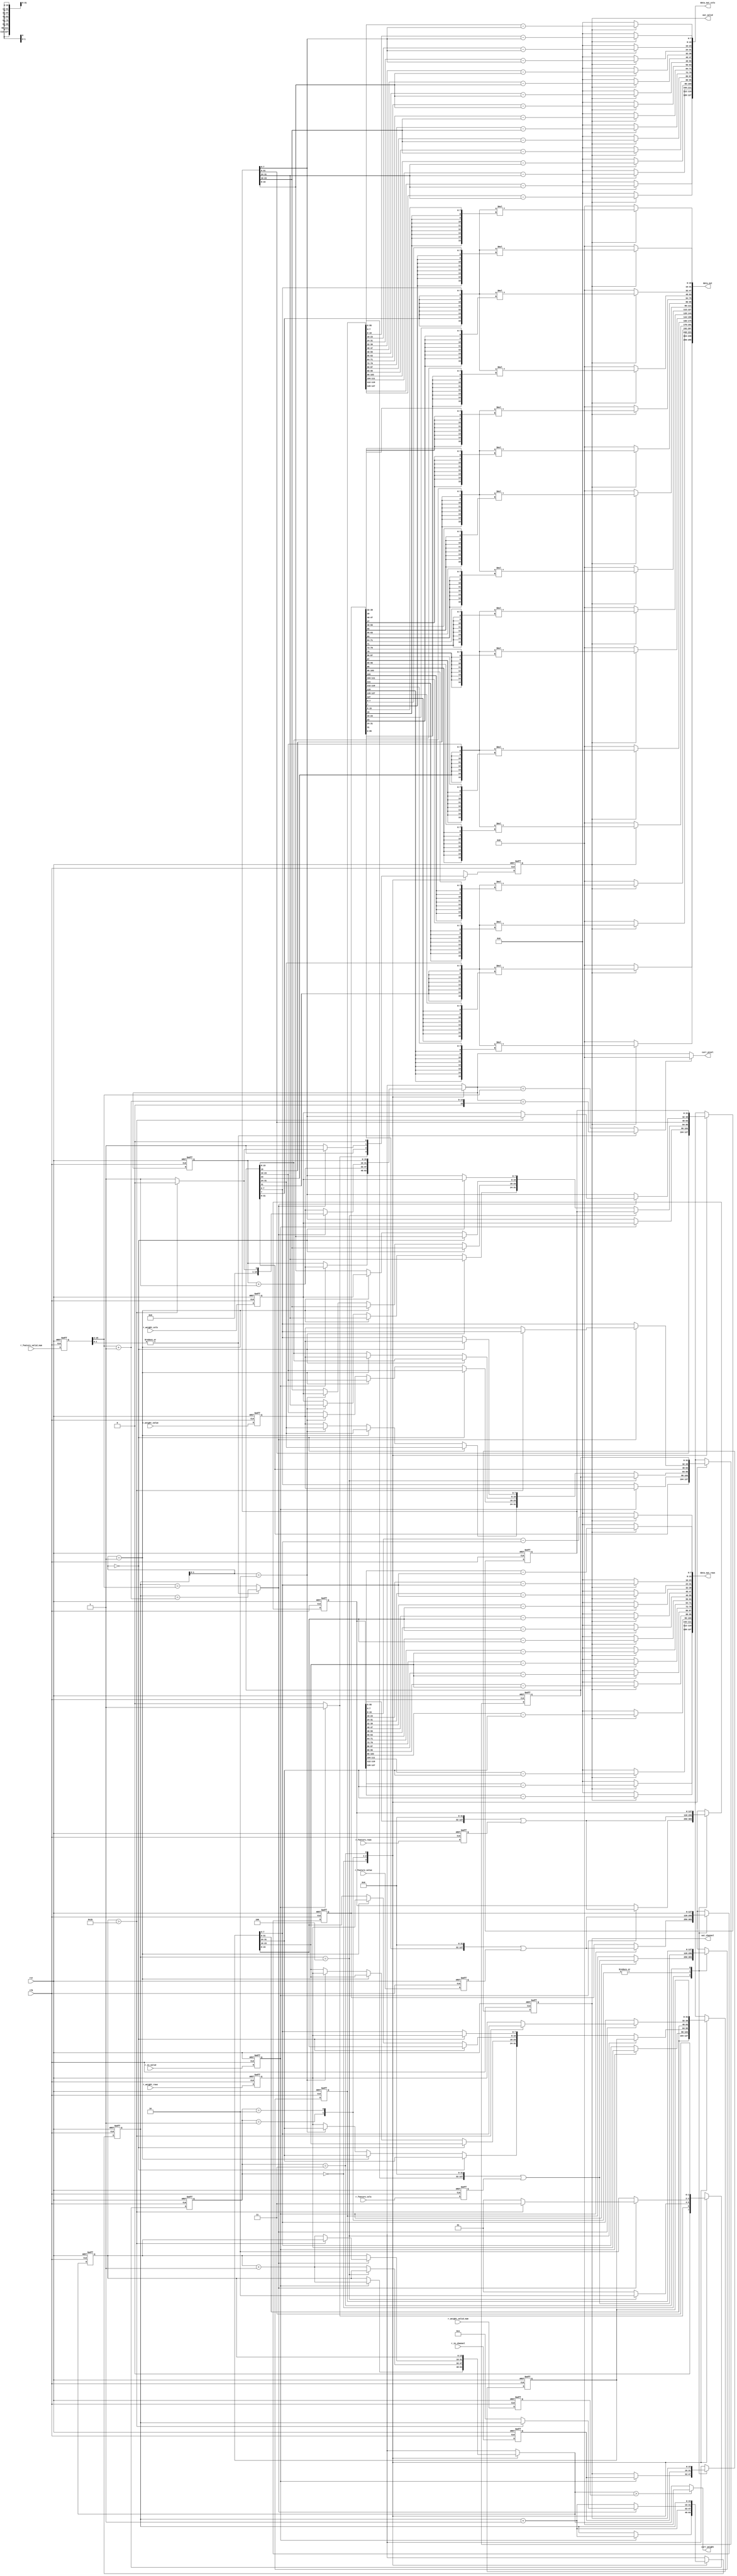
module RE_PE_UNIT
#(
    
    parameter col_length = 8,
    parameter word_length = 8,
    parameter double_word_length = 16,
    parameter kernel_size = 5,
    parameter image_size = 28,
    parameter matrix_width = 4
)
(
    //outer signal
    input clk,
    input rst,
    input r_in_valid,
    output reg out_valid,

    
    //weight in
    input [double_word_length-1:0] r_weight_valid_num,
    input [col_length*1 -1:0]r_weight_cols,
    input [col_length*1 -1:0]r_weight_rows,
    input signed [word_length*1 -1:0]r_weight_value,

    //pixel data
    input [double_word_length-1:0] r_feature_valid_num,
    input signed [col_length*4 -1:0]r_feature_cols,
    input signed [col_length*4 -1:0]r_feature_rows,
    input signed [word_length*4 -1:0]r_feature_value,
    
    //output data
    output signed [word_length*2*16 -1:0]data_out,
    output signed [col_length*16 -1:0]data_out_cols,
    output signed [col_length*16 -1:0]data_out_rows,

    //valid signal
    input [double_word_length-1:0] r_in_channel,
    output reg [double_word_length-1:0] out_channel,

    
    //output counter status
    output [double_word_length-1:0] curr_pixel,
    output [double_word_length-1:0] curr_weight
);
//retiming area

reg in_valid;
//weight in
reg [double_word_length-1:0] weight_valid_num;
reg [col_length*1 -1:0]weight_cols;
reg [col_length*1 -1:0]weight_rows;
reg signed [word_length*1 -1:0]weight_value;

//pixel data
reg [double_word_length-1:0] feature_valid_num;
reg signed [col_length*4 -1:0]feature_cols;
reg signed [col_length*4 -1:0]feature_rows;
reg signed [word_length*4 -1:0]feature_value;

reg [double_word_length-1:0] in_channel;


//state
parameter IDLE = 2'b00;
parameter LOAD_WEIGHT = 2'b01;
parameter LOAD_FULL_IMAGE = 2'b10;
parameter DONE = 2'b11;
reg [1:0] curr_state,next_state;

//output state
reg [double_word_length-1:0] curr_pixel_counter,next_curr_pixel_counter,curr_weight_counter,next_curr_weight_counter;
assign curr_pixel = ((|feature_valid_num[1:0])? next_curr_pixel_counter ==(feature_valid_num>>2)+'d1:next_curr_pixel_counter ==(feature_valid_num>>2))?'d0:next_curr_pixel_counter;

assign curr_weight = (next_curr_weight_counter>weight_valid_num)?'d0:next_curr_weight_counter;
reg next_out_valid;
//counter
reg [double_word_length-1:0] counter, next_counter;
//weight container
reg [word_length*matrix_width-1:0] weight_container,next_weight_container;
reg [col_length*matrix_width-1:0] weight_cols_container, next_weight_cols_container;
reg [col_length*matrix_width-1:0] weight_rows_container, next_weight_rows_container;

//feature container
reg [word_length*matrix_width*matrix_width-1:0] feature_container, next_feature_container;
reg [col_length*matrix_width*matrix_width-1:0] feature_cols_container, next_feature_cols_container;
reg [col_length*matrix_width*matrix_width-1:0] feature_rows_container, next_feature_rows_container;

//channel
reg [double_word_length-1:0] next_in_channel;

wire signed [word_length*2-1:0] answer_1_1,answer_1_2,answer_1_3,answer_1_4,answer_2_1,answer_2_2,answer_2_3,answer_2_4,answer_3_1,answer_3_2,answer_3_3,answer_3_4,answer_4_1,answer_4_2,answer_4_3,answer_4_4; 
wire signed [col_length-1:0] col_answer_1_1,col_answer_1_2,col_answer_1_3,col_answer_1_4,col_answer_2_1,col_answer_2_2,col_answer_2_3,col_answer_2_4,col_answer_3_1,col_answer_3_2,col_answer_3_3,col_answer_3_4,col_answer_4_1,col_answer_4_2,col_answer_4_3,col_answer_4_4; 
wire signed [col_length-1:0] row_answer_1_1,row_answer_1_2,row_answer_1_3,row_answer_1_4,row_answer_2_1,row_answer_2_2,row_answer_2_3,row_answer_2_4,row_answer_3_1,row_answer_3_2,row_answer_3_3,row_answer_3_4,row_answer_4_1,row_answer_4_2,row_answer_4_3,row_answer_4_4; 

assign answer_1_1 = (out_valid==1'b1)? $signed( {{word_length{weight_container[word_length*1-1]}},{weight_container[word_length*1-1 -:word_length]}} * {{word_length{feature_container[(word_length*1)-1] }},{feature_container[(word_length*1)-1 -:word_length]}} ):'d0;
assign answer_1_2 = (out_valid==1'b1)? $signed( {{word_length{weight_container[word_length*1-1]}},{weight_container[word_length*1-1 -:word_length]}} * {{word_length{feature_container[(word_length*2)-1] }},{feature_container[(word_length*2)-1 -:word_length]}} ):'d0;
assign answer_1_3 = (out_valid==1'b1)? $signed( {{word_length{weight_container[word_length*1-1]}},{weight_container[word_length*1-1 -:word_length]}} * {{word_length{feature_container[(word_length*3)-1] }},{feature_container[(word_length*3)-1 -:word_length]}} ):'d0;
assign answer_1_4 = (out_valid==1'b1)? $signed( {{word_length{weight_container[word_length*1-1]}},{weight_container[word_length*1-1 -:word_length]}} * {{word_length{feature_container[(word_length*4)-1] }},{feature_container[(word_length*4)-1 -:word_length]}} ):'d0;

assign answer_2_1 = (out_valid==1'b1)? $signed( {{word_length{weight_container[word_length*2-1]}},{weight_container[word_length*2-1 -:word_length]}} * {{word_length{feature_container[(word_length*5)-1] }},{feature_container[(word_length*5)-1 -:word_length]}} ):'d0;
assign answer_2_2 = (out_valid==1'b1)? $signed( {{word_length{weight_container[word_length*2-1]}},{weight_container[word_length*2-1 -:word_length]}} * {{word_length{feature_container[(word_length*6)-1] }},{feature_container[(word_length*6)-1 -:word_length]}} ):'d0;
assign answer_2_3 = (out_valid==1'b1)? $signed( {{word_length{weight_container[word_length*2-1]}},{weight_container[word_length*2-1 -:word_length]}} * {{word_length{feature_container[(word_length*7)-1] }},{feature_container[(word_length*7)-1 -:word_length]}} ):'d0;
assign answer_2_4 = (out_valid==1'b1)? $signed( {{word_length{weight_container[word_length*2-1]}},{weight_container[word_length*2-1 -:word_length]}} * {{word_length{feature_container[(word_length*8)-1] }},{feature_container[(word_length*8)-1 -:word_length]}} ):'d0;

assign answer_3_1 = (out_valid==1'b1)? $signed( {{word_length{weight_container[word_length*3-1]}},{weight_container[word_length*3-1 -:word_length]}} * {{word_length{feature_container[(word_length*9)-1] }},{feature_container[(word_length*9)-1 -:word_length]}} ):'d0;
assign answer_3_2 = (out_valid==1'b1)? $signed( {{word_length{weight_container[word_length*3-1]}},{weight_container[word_length*3-1 -:word_length]}} * {{word_length{feature_container[(word_length*10)-1] }},{feature_container[(word_length*10)-1 -:word_length]}} ):'d0;
assign answer_3_3 = (out_valid==1'b1)? $signed( {{word_length{weight_container[word_length*3-1]}},{weight_container[word_length*3-1 -:word_length]}} * {{word_length{feature_container[(word_length*11)-1] }},{feature_container[(word_length*11)-1 -:word_length]}} ):'d0;
assign answer_3_4 = (out_valid==1'b1)? $signed( {{word_length{weight_container[word_length*3-1]}},{weight_container[word_length*3-1 -:word_length]}} * {{word_length{feature_container[(word_length*12)-1] }},{feature_container[(word_length*12)-1 -:word_length]}} ):'d0;

assign answer_4_1 = (out_valid==1'b1)? $signed( {{word_length{weight_container[word_length*4-1]}},{weight_container[word_length*4-1 -:word_length]}} * {{word_length{feature_container[(word_length*13)-1] }},{feature_container[(word_length*13)-1 -:word_length]}} ):'d0;
assign answer_4_2 = (out_valid==1'b1)? $signed( {{word_length{weight_container[word_length*4-1]}},{weight_container[word_length*4-1 -:word_length]}} * {{word_length{feature_container[(word_length*14)-1] }},{feature_container[(word_length*14)-1 -:word_length]}} ):'d0;
assign answer_4_3 = (out_valid==1'b1)? $signed( {{word_length{weight_container[word_length*4-1]}},{weight_container[word_length*4-1 -:word_length]}} * {{word_length{feature_container[(word_length*15)-1] }},{feature_container[(word_length*15)-1 -:word_length]}} ):'d0;
assign answer_4_4 = (out_valid==1'b1)? $signed( {{word_length{weight_container[word_length*4-1]}},{weight_container[word_length*4-1 -:word_length]}} * {{word_length{feature_container[(word_length*16)-1] }},{feature_container[(word_length*16)-1 -:word_length]}} ):'d0;



//rows/cols is feature rows/cols - weight rows/cols
assign col_answer_1_1 = (out_valid==1'b1)? $signed( feature_cols_container[col_length-1   -: col_length]) - $signed( weight_cols_container[col_length-1 -: col_length]):'d0;
assign col_answer_1_2 = (out_valid==1'b1)? $signed( feature_cols_container[col_length*2-1 -: col_length]) - $signed( weight_cols_container[col_length-1 -: col_length]):'d0;
assign col_answer_1_3 = (out_valid==1'b1)? $signed( feature_cols_container[col_length*3-1 -: col_length]) - $signed( weight_cols_container[col_length-1 -: col_length]):'d0;
assign col_answer_1_4 = (out_valid==1'b1)? $signed( feature_cols_container[col_length*4-1 -: col_length]) - $signed( weight_cols_container[col_length-1 -: col_length]):'d0;

assign col_answer_2_1 = (out_valid==1'b1)? $signed( feature_cols_container[col_length*5-1 -: col_length]) - $signed( weight_cols_container[(col_length*2)-1 -: col_length]):'d0;
assign col_answer_2_2 = (out_valid==1'b1)? $signed( feature_cols_container[col_length*6-1 -: col_length]) - $signed( weight_cols_container[(col_length*2)-1 -: col_length]):'d0;
assign col_answer_2_3 = (out_valid==1'b1)? $signed( feature_cols_container[col_length*7-1 -: col_length]) - $signed( weight_cols_container[(col_length*2)-1 -: col_length]):'d0;
assign col_answer_2_4 = (out_valid==1'b1)? $signed( feature_cols_container[col_length*8-1 -: col_length]) - $signed( weight_cols_container[(col_length*2)-1 -: col_length]):'d0;

assign col_answer_3_1 = (out_valid==1'b1)? $signed( feature_cols_container[col_length*9-1 -: col_length]) - $signed( weight_cols_container[(col_length*3)-1 -: col_length]):'d0;
assign col_answer_3_2 = (out_valid==1'b1)? $signed( feature_cols_container[col_length*10-1 -: col_length]) - $signed( weight_cols_container[(col_length*3)-1 -: col_length]):'d0;
assign col_answer_3_3 = (out_valid==1'b1)? $signed( feature_cols_container[col_length*11-1 -: col_length]) - $signed( weight_cols_container[(col_length*3)-1 -: col_length]):'d0;
assign col_answer_3_4 = (out_valid==1'b1)? $signed( feature_cols_container[col_length*12-1 -: col_length]) - $signed( weight_cols_container[(col_length*3)-1 -: col_length]):'d0;

assign col_answer_4_1 = (out_valid==1'b1)? $signed( feature_cols_container[col_length*13-1 -: col_length]) - $signed( weight_cols_container[(col_length*4)-1 -: col_length]):'d0;
assign col_answer_4_2 = (out_valid==1'b1)? $signed( feature_cols_container[col_length*14-1 -: col_length]) - $signed( weight_cols_container[(col_length*4)-1 -: col_length]):'d0;
assign col_answer_4_3 = (out_valid==1'b1)? $signed( feature_cols_container[col_length*15-1 -: col_length]) - $signed( weight_cols_container[(col_length*4)-1 -: col_length]):'d0;
assign col_answer_4_4 = (out_valid==1'b1)? $signed( feature_cols_container[col_length*16-1 -: col_length]) - $signed( weight_cols_container[(col_length*4)-1 -: col_length]):'d0;

//
assign row_answer_1_1 = (out_valid==1'b1)? $signed( feature_rows_container[col_length-1   -: col_length]) - $signed( weight_rows_container[col_length-1 -: col_length]):'d0;
assign row_answer_1_2 = (out_valid==1'b1)? $signed( feature_rows_container[col_length*2-1 -: col_length]) - $signed( weight_rows_container[col_length-1 -: col_length]):'d0;
assign row_answer_1_3 = (out_valid==1'b1)? $signed( feature_rows_container[col_length*3-1 -: col_length]) - $signed( weight_rows_container[col_length-1 -: col_length]):'d0;
assign row_answer_1_4 = (out_valid==1'b1)? $signed( feature_rows_container[col_length*4-1 -: col_length]) - $signed( weight_rows_container[col_length-1 -: col_length]):'d0;

assign row_answer_2_1 = (out_valid==1'b1)? $signed( feature_rows_container[col_length*5-1 -: col_length]) - $signed( weight_rows_container[(col_length*2)-1 -: col_length]):'d0;
assign row_answer_2_2 = (out_valid==1'b1)? $signed( feature_rows_container[col_length*6-1 -: col_length]) - $signed( weight_rows_container[(col_length*2)-1 -: col_length]):'d0;
assign row_answer_2_3 = (out_valid==1'b1)? $signed( feature_rows_container[col_length*7-1 -: col_length]) - $signed( weight_rows_container[(col_length*2)-1 -: col_length]):'d0;
assign row_answer_2_4 = (out_valid==1'b1)? $signed( feature_rows_container[col_length*8-1 -: col_length]) - $signed( weight_rows_container[(col_length*2)-1 -: col_length]):'d0;

assign row_answer_3_1 = (out_valid==1'b1)? $signed( feature_rows_container[col_length*9-1 -: col_length]) - $signed( weight_rows_container[(col_length*3)-1 -: col_length]):'d0;
assign row_answer_3_2 = (out_valid==1'b1)? $signed( feature_rows_container[col_length*10-1 -: col_length]) - $signed( weight_rows_container[(col_length*3)-1 -: col_length]):'d0;
assign row_answer_3_3 = (out_valid==1'b1)? $signed( feature_rows_container[col_length*11-1 -: col_length]) - $signed( weight_rows_container[(col_length*3)-1 -: col_length]):'d0;
assign row_answer_3_4 = (out_valid==1'b1)? $signed( feature_rows_container[col_length*12-1 -: col_length]) - $signed( weight_rows_container[(col_length*3)-1 -: col_length]):'d0;

assign row_answer_4_1 = (out_valid==1'b1)? $signed( feature_rows_container[col_length*13-1 -: col_length]) - $signed( weight_rows_container[(col_length*4)-1 -: col_length]):'d0;
assign row_answer_4_2 = (out_valid==1'b1)? $signed( feature_rows_container[col_length*14-1 -: col_length]) - $signed( weight_rows_container[(col_length*4)-1 -: col_length]):'d0;
assign row_answer_4_3 = (out_valid==1'b1)? $signed( feature_rows_container[col_length*15-1 -: col_length]) - $signed( weight_rows_container[(col_length*4)-1 -: col_length]):'d0;
assign row_answer_4_4 = (out_valid==1'b1)? $signed( feature_rows_container[col_length*16-1 -: col_length]) - $signed( weight_rows_container[(col_length*4)-1 -: col_length]):'d0;

assign data_out[word_length*2*4 -1 -:word_length*2*4] = {{answer_1_4},{answer_1_3},{answer_1_2},{answer_1_1}};
assign data_out[word_length*2*8 -1 -:word_length*2*4] = {{answer_2_4},{answer_2_3},{answer_2_2},{answer_2_1}};
assign data_out[word_length*2*12 -1 -:word_length*2*4] = {{answer_3_4},{answer_3_3},{answer_3_2},{answer_3_1}};
assign data_out[word_length*2*16 -1 -:word_length*2*4] = {{answer_4_4},{answer_4_3},{answer_4_2},{answer_4_1}};

//{4 3 2 1}
assign data_out_cols = {col_answer_4_4,col_answer_4_3,col_answer_4_2,col_answer_4_1, col_answer_3_4,col_answer_3_3,col_answer_3_2,col_answer_3_1, col_answer_2_4,col_answer_2_3,col_answer_2_2,col_answer_2_1, col_answer_1_4,col_answer_1_3,col_answer_1_2,col_answer_1_1};
assign data_out_rows = {row_answer_4_4,row_answer_4_3,row_answer_4_2,row_answer_4_1, row_answer_3_4,row_answer_3_3,row_answer_3_2,row_answer_3_1, row_answer_2_4,row_answer_2_3,row_answer_2_2,row_answer_2_1, row_answer_1_4,row_answer_1_3,row_answer_1_2,row_answer_1_1};



always @(*) begin
    case(curr_state)
    IDLE: begin
        if(in_valid) begin
            next_state = LOAD_WEIGHT;
            next_counter = counter + 'd1;
            next_out_valid = 'd1;
            //load weight
            next_weight_container[word_length*1-1 -: word_length] = weight_value;
            next_weight_container[word_length*2-1 -: word_length] = weight_container[word_length*2-1 -: word_length];
            next_weight_container[word_length*3-1 -: word_length] = weight_container[word_length*3-1 -: word_length];
            next_weight_container[word_length*4-1 -: word_length] = weight_container[word_length*4-1 -: word_length];

            next_weight_cols_container[col_length*1-1 -:col_length] = weight_cols;
            next_weight_cols_container[col_length*2-1 -:col_length] = weight_cols_container[col_length*2-1 -:col_length];
            next_weight_cols_container[col_length*3-1 -:col_length] = weight_cols_container[col_length*3-1 -:col_length];
            next_weight_cols_container[col_length*4-1 -:col_length] = weight_cols_container[col_length*4-1 -:col_length];

            next_weight_rows_container[col_length*1-1 -:col_length] = weight_rows;
            next_weight_rows_container[col_length*2-1 -:col_length] = weight_rows_container[col_length*2-1 -:col_length];
            next_weight_rows_container[col_length*3-1 -:col_length] = weight_rows_container[col_length*3-1 -:col_length];
            next_weight_rows_container[col_length*4-1 -:col_length] = weight_rows_container[col_length*4-1 -:col_length];
            next_curr_weight_counter = curr_weight_counter + 'd1;
            //load feature
            next_feature_container = {feature_container<<(word_length*matrix_width)} | {{((matrix_width-1)*word_length){1'b0}},feature_value};
            next_feature_cols_container = {feature_cols_container<<(col_length*matrix_width)} | {{((matrix_width-1)*col_length){1'b0}},feature_cols};
            next_feature_rows_container = {feature_rows_container<<(col_length*matrix_width)} | {{((matrix_width-1)*col_length){1'b0}},feature_rows};
            next_curr_pixel_counter = curr_pixel_counter + 'd1;

            next_in_channel = in_channel;
        end
        else begin
            next_state = IDLE;
            next_counter = counter;
            next_out_valid = 'd0;
            //not load weight
            next_weight_container = weight_container;
            next_curr_weight_counter = curr_weight_counter;
            next_weight_cols_container = weight_cols_container;
            next_weight_rows_container = weight_rows_container;
            //not load feature
            next_feature_container = feature_container;
            next_feature_cols_container = feature_cols_container;
            next_feature_rows_container = feature_rows_container;
            next_curr_pixel_counter = curr_pixel_counter;

            next_in_channel = out_channel;
        end
    end
    LOAD_WEIGHT:begin
        if(counter=='d4)begin
            next_state = LOAD_FULL_IMAGE;
            next_counter = counter + 'd1;
            next_out_valid = 'd1;
            //not load weight
            next_weight_container = weight_container;
            next_weight_cols_container = weight_cols_container;
            next_weight_rows_container = weight_rows_container;
            next_curr_weight_counter = curr_weight_counter;
            //load feature
            next_feature_container = {feature_container<<(word_length*matrix_width)} | {{((matrix_width-1)*word_length){1'b0}},feature_value};
            next_feature_cols_container = {feature_cols_container<<(col_length*matrix_width)} | {{((matrix_width-1)*col_length){1'b0}},feature_cols};
            next_feature_rows_container = {feature_rows_container<<(col_length*matrix_width)} | {{((matrix_width-1)*col_length){1'b0}},feature_rows};
            next_curr_pixel_counter = curr_pixel_counter + 'd1;
        end
        else begin
            next_state = LOAD_WEIGHT;
            next_counter = counter + 'd1;
            next_out_valid = 'd1;
            //load weight
            if(counter[1:0]=='d0)begin
                next_weight_container[word_length*1-1 -: word_length] = weight_value;
                next_weight_container[word_length*2-1 -: word_length] = weight_container[word_length*2-1 -: word_length];
                next_weight_container[word_length*3-1 -: word_length] = weight_container[word_length*3-1 -: word_length];
                next_weight_container[word_length*4-1 -: word_length] = weight_container[word_length*4-1 -: word_length];

                next_weight_cols_container[col_length*1-1 -:col_length] = weight_cols;
                next_weight_cols_container[col_length*2-1 -:col_length] = weight_cols_container[col_length*2-1 -:col_length];
                next_weight_cols_container[col_length*3-1 -:col_length] = weight_cols_container[col_length*3-1 -:col_length];
                next_weight_cols_container[col_length*4-1 -:col_length] = weight_cols_container[col_length*4-1 -:col_length];

                next_weight_rows_container[col_length*1-1 -:col_length] = weight_rows;
                next_weight_rows_container[col_length*2-1 -:col_length] = weight_rows_container[col_length*2-1 -:col_length];
                next_weight_rows_container[col_length*3-1 -:col_length] = weight_rows_container[col_length*3-1 -:col_length];
                next_weight_rows_container[col_length*4-1 -:col_length] = weight_rows_container[col_length*4-1 -:col_length];

            end
            else if(counter[1:0]=='d1) begin
                next_weight_container[word_length*1-1 -: word_length] = weight_container[word_length*1-1 -: word_length];
                next_weight_container[word_length*2-1 -: word_length] = weight_value;
                next_weight_container[word_length*3-1 -: word_length] = weight_container[word_length*3-1 -: word_length];
                next_weight_container[word_length*4-1 -: word_length] = weight_container[word_length*4-1 -: word_length];

                next_weight_cols_container[col_length*1-1 -:col_length] = weight_cols_container[col_length*1-1 -:col_length];
                next_weight_cols_container[col_length*2-1 -:col_length] = weight_cols;
                next_weight_cols_container[col_length*3-1 -:col_length] = weight_cols_container[col_length*3-1 -:col_length];
                next_weight_cols_container[col_length*4-1 -:col_length] = weight_cols_container[col_length*4-1 -:col_length];

                next_weight_rows_container[col_length*1-1 -:col_length] = weight_rows_container[col_length*1-1 -:col_length];
                next_weight_rows_container[col_length*2-1 -:col_length] = weight_rows;
                next_weight_rows_container[col_length*3-1 -:col_length] = weight_rows_container[col_length*3-1 -:col_length];
                next_weight_rows_container[col_length*4-1 -:col_length] = weight_rows_container[col_length*4-1 -:col_length];
            end
            else if(counter[1:0]=='d2) begin
                next_weight_container[word_length*1-1 -: word_length] = weight_container[word_length*1-1 -: word_length];
                next_weight_container[word_length*2-1 -: word_length] = weight_container[word_length*2-1 -: word_length];
                next_weight_container[word_length*3-1 -: word_length] = weight_value;
                next_weight_container[word_length*4-1 -: word_length] = weight_container[word_length*4-1 -: word_length];
                
                next_weight_cols_container[col_length*1-1 -:col_length] = weight_cols_container[col_length*1-1 -:col_length];
                next_weight_cols_container[col_length*2-1 -:col_length] = weight_cols_container[col_length*2-1 -:col_length];
                next_weight_cols_container[col_length*3-1 -:col_length] = weight_cols;
                next_weight_cols_container[col_length*4-1 -:col_length] = weight_cols_container[col_length*4-1 -:col_length];

                next_weight_rows_container[col_length*1-1 -:col_length] = weight_rows_container[col_length*1-1 -:col_length];
                next_weight_rows_container[col_length*2-1 -:col_length] = weight_rows_container[col_length*2-1 -:col_length];
                next_weight_rows_container[col_length*3-1 -:col_length] = weight_rows;
                next_weight_rows_container[col_length*4-1 -:col_length] = weight_rows_container[col_length*4-1 -:col_length];
            end
            else  begin
                next_weight_container[word_length*1-1 -: word_length] = weight_container[word_length*1-1 -: word_length];
                next_weight_container[word_length*2-1 -: word_length] = weight_container[word_length*2-1 -: word_length];
                next_weight_container[word_length*3-1 -: word_length] = weight_container[word_length*3-1 -: word_length];
                next_weight_container[word_length*4-1 -: word_length] = weight_value;

                next_weight_cols_container[col_length*1-1 -:col_length] = weight_cols_container[col_length*1-1 -:col_length];
                next_weight_cols_container[col_length*2-1 -:col_length] = weight_cols_container[col_length*2-1 -:col_length];
                next_weight_cols_container[col_length*3-1 -:col_length] = weight_cols_container[word_length*3-1 -: word_length];
                next_weight_cols_container[col_length*4-1 -:col_length] = weight_cols;

                next_weight_rows_container[col_length*1-1 -:col_length] = weight_rows_container[col_length*1-1 -:col_length];
                next_weight_rows_container[col_length*2-1 -:col_length] = weight_rows_container[col_length*2-1 -:col_length];
                next_weight_rows_container[col_length*3-1 -:col_length] = weight_rows_container[word_length*3-1 -: word_length];
                next_weight_rows_container[col_length*4-1 -:col_length] = weight_rows;
            end
            
            next_curr_weight_counter = curr_weight_counter + 'd1;
            //load feature
            next_feature_container = {feature_container<<(word_length*matrix_width)} | {{((matrix_width-1)*word_length){1'b0}},feature_value};
            next_feature_cols_container = {feature_cols_container<<(col_length*matrix_width)} | {{((matrix_width-1)*col_length){1'b0}},feature_cols};
            next_feature_rows_container = {feature_rows_container<<(col_length*matrix_width)} | {{((matrix_width-1)*col_length){1'b0}},feature_rows};
            next_curr_pixel_counter = curr_pixel_counter + 'd1;
        end

        next_in_channel = in_channel;
    end
    LOAD_FULL_IMAGE:begin
        if((|feature_valid_num[1:0])? counter ==(feature_valid_num>>2)+'d1:counter ==(feature_valid_num>>2))begin
            if(curr_weight_counter>'d27)begin
                next_state = DONE;
                next_counter = counter;
                next_out_valid = 'd0;
                //not load weight
                next_weight_container = weight_container;
                next_weight_cols_container = weight_cols_container;
                next_weight_rows_container = weight_rows_container;
                next_curr_weight_counter = curr_weight_counter;
                //not load feature
                next_feature_container = {feature_container<<(word_length*matrix_width)} | {{((matrix_width-1)*word_length){1'b0}},feature_value};
                next_feature_cols_container = {feature_cols_container<<(col_length*matrix_width)} | {{((matrix_width-1)*col_length){1'b0}},feature_cols};
                next_feature_rows_container = {feature_rows_container<<(col_length*matrix_width)} | {{((matrix_width-1)*col_length){1'b0}},feature_rows};
                next_curr_pixel_counter = 'd0;
            end
            else begin
                next_state = LOAD_WEIGHT;
                next_counter = 'd1;
                next_out_valid = 'd1;
                //load weight
                
                next_weight_container[word_length*1-1 -: word_length] = weight_value;
                next_weight_container[word_length*2-1 -: word_length] = weight_container[word_length*2-1 -: word_length];
                next_weight_container[word_length*3-1 -: word_length] = weight_container[word_length*3-1 -: word_length];
                next_weight_container[word_length*4-1 -: word_length] = weight_container[word_length*4-1 -: word_length];

                next_weight_cols_container[col_length*1-1 -:col_length] = weight_cols;
                next_weight_cols_container[col_length*2-1 -:col_length] = weight_cols_container[col_length*2-1 -:col_length];
                next_weight_cols_container[col_length*3-1 -:col_length] = weight_cols_container[col_length*3-1 -:col_length];
                next_weight_cols_container[col_length*4-1 -:col_length] = weight_cols_container[col_length*4-1 -:col_length];

                next_weight_rows_container[col_length*1-1 -:col_length] = weight_rows;
                next_weight_rows_container[col_length*2-1 -:col_length] = weight_rows_container[col_length*2-1 -:col_length];
                next_weight_rows_container[col_length*3-1 -:col_length] = weight_rows_container[col_length*3-1 -:col_length];
                next_weight_rows_container[col_length*4-1 -:col_length] = weight_rows_container[col_length*4-1 -:col_length];
                next_curr_weight_counter = curr_weight_counter +'d1;
                //load feature and reLOAD
                next_feature_container = {feature_container<<(word_length*matrix_width)} | {{((matrix_width-1)*word_length){1'b0}},feature_value};
                next_feature_cols_container = {feature_cols_container<<(col_length*matrix_width)} | {{((matrix_width-1)*col_length){1'b0}},feature_cols};
                next_feature_rows_container = {feature_rows_container<<(col_length*matrix_width)} | {{((matrix_width-1)*col_length){1'b0}},feature_rows};
                next_curr_pixel_counter = 'd1;
            end
            
        end
        else begin
            next_state = LOAD_FULL_IMAGE;
            next_counter = counter + 'd1;
            next_out_valid = 'd1;
            //not load weight
            next_weight_container = weight_container;
            next_weight_cols_container = weight_cols_container;
            next_weight_rows_container = weight_rows_container;
            next_curr_weight_counter = curr_weight_counter;
            //load feature
            next_feature_container = {feature_container<<(word_length*matrix_width)} | {{((matrix_width-1)*word_length){1'b0}},feature_value};
            next_feature_cols_container = {feature_cols_container<<(col_length*matrix_width)} | {{((matrix_width-1)*col_length){1'b0}},feature_cols};
            next_feature_rows_container = {feature_rows_container<<(col_length*matrix_width)} | {{((matrix_width-1)*col_length){1'b0}},feature_rows};
            next_curr_pixel_counter = curr_pixel_counter + 'd1;
        end
        next_in_channel = in_channel;
    end
    DONE:begin
            next_state = DONE;
            next_counter = counter;
            next_out_valid = 'd0;
            //not load weight
            next_weight_container = weight_container;
            next_weight_cols_container = weight_cols_container;
            next_weight_rows_container = weight_rows_container;
            next_curr_weight_counter = curr_weight_counter;
            //not load feature
            next_feature_container = feature_container;
            next_feature_cols_container = feature_cols_container;
            next_feature_rows_container = feature_rows_container;
            next_curr_pixel_counter = curr_pixel_counter;

            next_in_channel = out_channel;
    end
    endcase
end

always @(posedge clk or posedge rst) begin
    if(rst)begin
        curr_state <= IDLE;
        counter <= 'd0;
        out_valid <= 'd0;
        //value container
        weight_container <='d0;
        feature_container <='d0;
        //cols/rows container
        weight_cols_container <='d0;
        weight_rows_container <='d0;
        feature_cols_container <='d0;
        feature_rows_container <='d0;
        //data_counter
        curr_weight_counter <= 'd0;
        curr_pixel_counter <= 'd0;

        out_channel <= 'd0;

        //retiming area 
        in_valid <= 'd0;
        weight_valid_num <= 'd0;
        weight_cols <= 'd0;
        weight_rows <= 'd0;
        weight_value <= 'd0;
        feature_valid_num <= 'd0;
        feature_cols <= 'd0;
        feature_rows <= 'd0;
        feature_value <= 'd0;
        in_channel <= 'd0;

    end
    else begin
        curr_state <= next_state;
        counter <= next_counter;
        out_valid <= next_out_valid;
        //value container
        weight_container <= next_weight_container;
        feature_container <= next_feature_container;
        //cols/rows container
        weight_cols_container <= next_weight_cols_container;
        weight_rows_container <= next_weight_rows_container;
        feature_cols_container <= next_feature_cols_container;
        feature_rows_container <= next_feature_rows_container;
        //data_counter
        
        curr_weight_counter <= next_curr_weight_counter;
        curr_pixel_counter <= next_curr_pixel_counter;
    
        out_channel <= next_in_channel;

        // retiming area
        in_valid <= r_in_valid;
        weight_valid_num <= r_weight_valid_num;
        weight_cols <= r_weight_cols;
        weight_rows <= r_weight_rows;
        weight_value <= r_weight_value;
        feature_valid_num <= r_feature_valid_num;
        feature_cols <= r_feature_cols;
        feature_rows <= r_feature_rows;
        feature_value <= r_feature_value;
        in_channel <= r_in_channel;
    end
end
endmodule